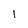
Character: 1